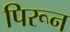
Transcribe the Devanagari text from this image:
पिरून